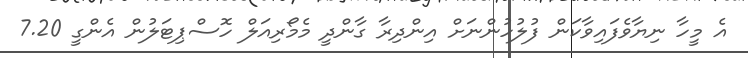
އެ މީހާ ނިޔާވެފައިވާކަން ފުލުހުންނަށް އިންދިރާ ގާންދީ މެމޯރިއަލް ހޮސްޕިޓަލުން އެންގީ 7.20